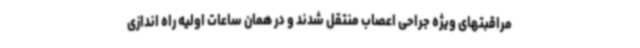
مراقبتهای ویژه جراحی اعصاب منتقل شدند و در همان ساعات اولیه راه اندازی